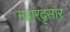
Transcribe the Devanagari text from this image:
महारदृसार